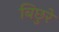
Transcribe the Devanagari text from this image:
बिछुरे